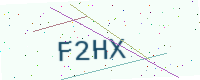
Text: F2HX